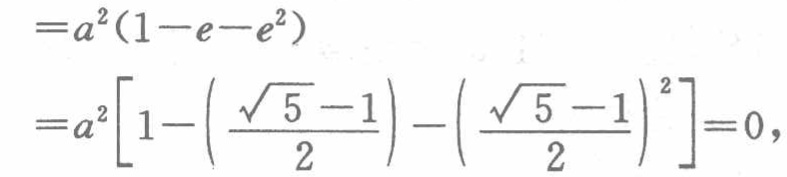
\[

\begin{align*}

&=a^{2}(1 - e - e^{2})\\

&=a^{2}\left[1-\left(\frac{\sqrt{5}-1}{2}\right)-\left(\frac{\sqrt{5}-1}{2}\right)^{2}\right]=0,

\end{align*}

\]